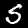
Label: 5